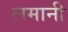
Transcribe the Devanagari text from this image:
लमानी